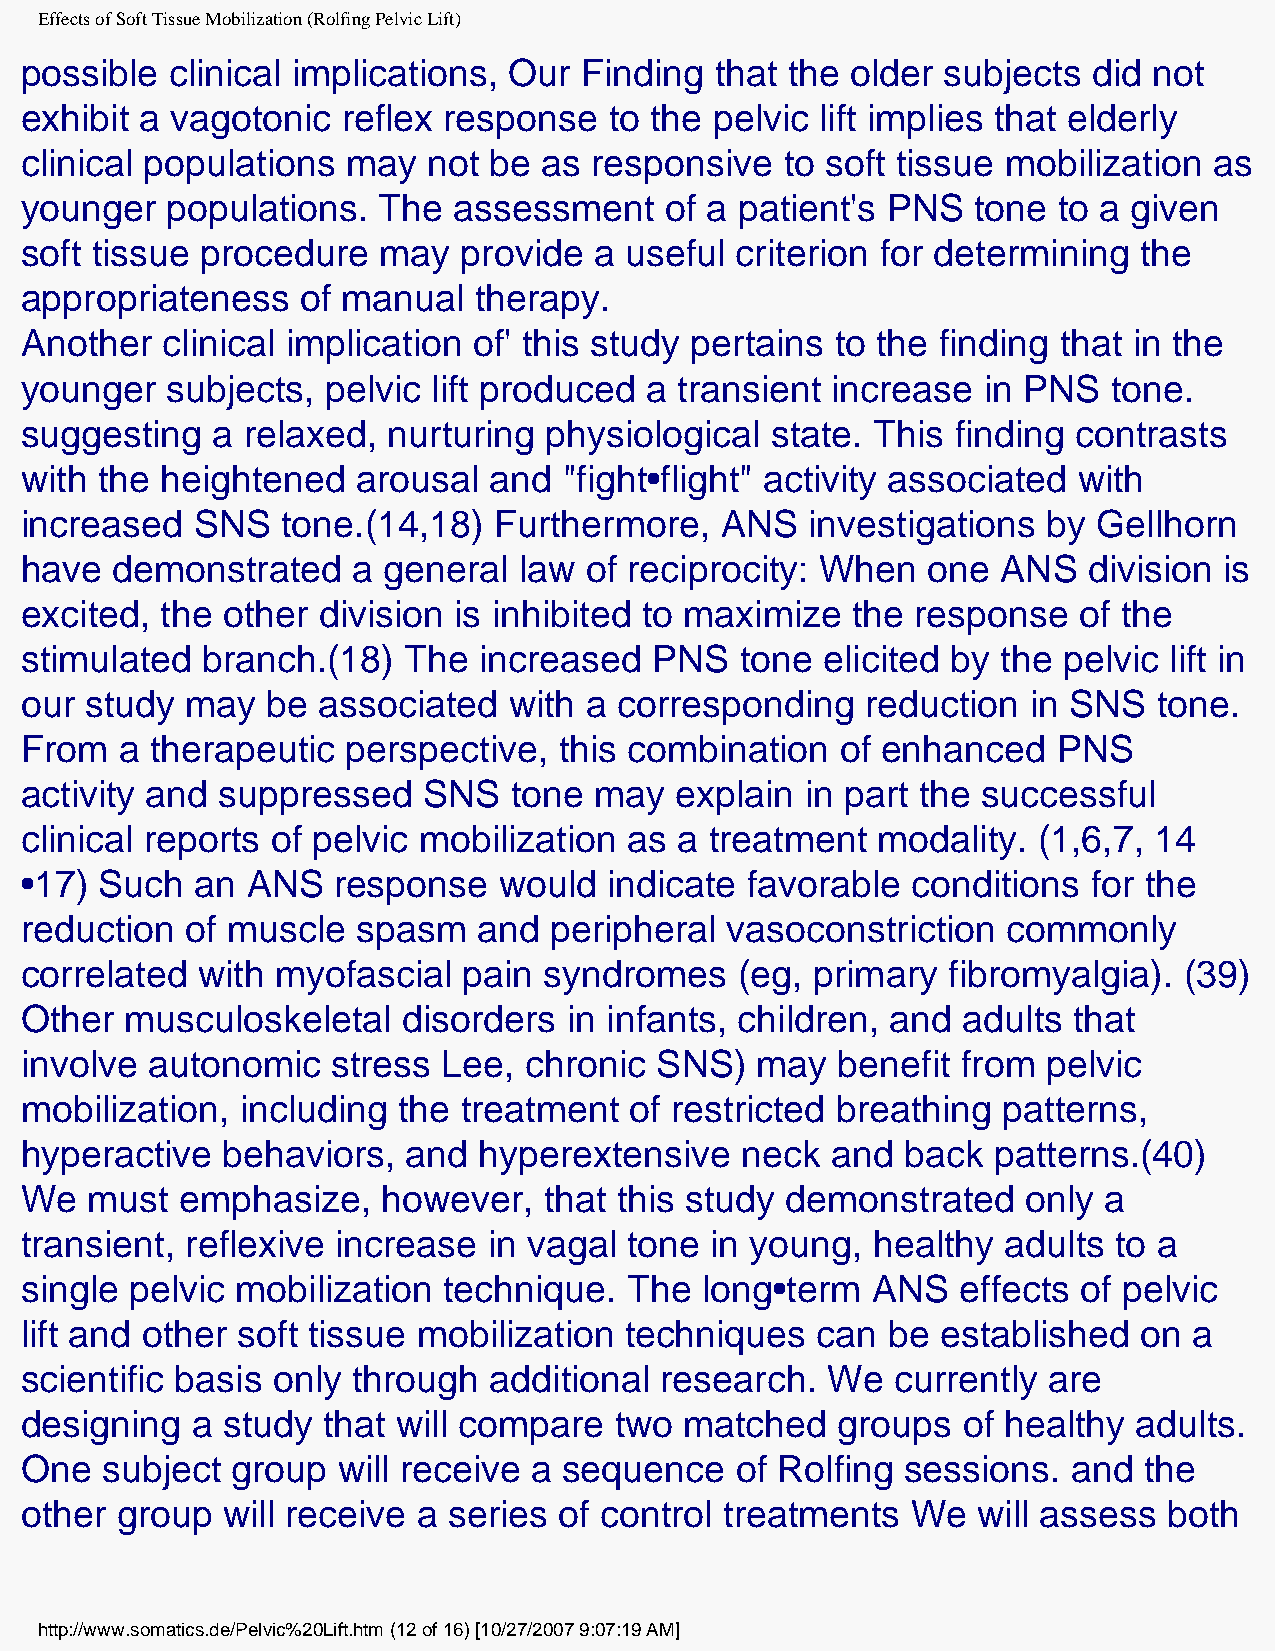
Effects of Soft Tissue Mobilization (Rolfing Pelvic Lift)
 possible  clinical implications, Our Finding  that the older  subjects did not
 exhibit a vagotonic   reflex response  to the pelvic lift implies that elderly
 clinical populations  may  not be  as responsive   to soft tissue mobilization as
 younger   populations.  The  assessment    of a patient's PNS   tone to a given
 soft tissue procedure   may  provide  a useful  criterion for determining the
 appropriateness    of manual  therapy.
 Another   clinical implication of' this study pertains to the finding that in the
 younger   subjects,  pelvic lift produced a transient increase  in PNS   tone.
 suggesting   a relaxed,  nurturing physiological  state. This finding contrasts
 with the  heightened   arousal and  "fight•flight" activity associated with
 increased   SNS   tone.(14,18)  Furthermore,   ANS   investigations by  Gellhorn
 have  demonstrated    a general  law  of reciprocity: When  one  ANS   division is
 excited,  the other division is inhibited to maximize  the  response  of the
 stimulated  branch.(18)   The  increased  PNS   tone  elicited by the pelvic lift in
 our  study may   be associated   with a corresponding   reduction  in SNS   tone.
 From   a therapeutic  perspective,  this combination   of enhanced   PNS
 activity and suppressed    SNS   tone may   explain in part the successful
 clinical reports of pelvic mobilization  as a treatment  modality.  (1,6,7, 14
 •17)  Such  an ANS   response   would  indicate favorable  conditions  for the
 reduction  of muscle   spasm   and peripheral  vasoconstriction   commonly
 correlated  with myofascial   pain syndromes    (eg, primary  fibromyalgia). (39)
 Other  musculoskeletal    disorders  in infants, children, and adults that
 involve  autonomic   stress Lee,  chronic SNS)   may  benefit  from pelvic
 mobilization,  including the treatment   of restricted breathing patterns,
 hyperactive   behaviors,  and  hyperextensive   neck  and  back  patterns.(40)
 We   must  emphasize,   however,   that this study demonstrated    only a
 transient, reflexive increase  in vagal  tone in young,  healthy  adults to a
 single  pelvic mobilization technique.   The  long•term  ANS   effects of pelvic
 lift and other soft tissue mobilization techniques   can  be established  on  a
 scientific basis only through  additional  research.  We  currently are
 designing   a study that will compare   two matched   groups   of healthy adults.
 One   subject group  will receive a sequence    of Rolfing sessions.  and  the
 other  group  will receive a series of control treatments  We   will assess both
 http://www.somatics.de/Pelvic%20Lift.htm (12 of 16) [10/27/2007 9:07:19 AM]